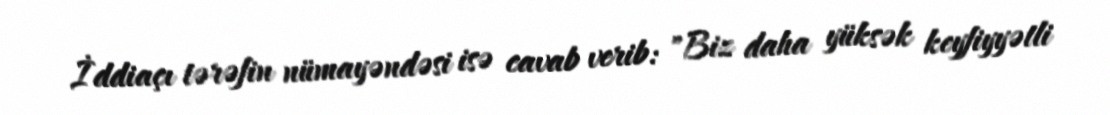
İddiaçı tərəfin nümayəndəsi isə cavab verib: "Biz daha yüksək keyfiyyətli